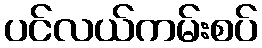
ပင်လယ်ကမ်းစပ်